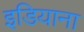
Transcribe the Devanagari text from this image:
इडियाना